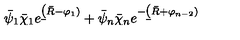
\bar { \psi } _ { 1 } \bar { \chi } _ { 1 } e ^ { \b ( \bar { R } - \varphi _ { 1 } ) } + \bar { \psi } _ { n } \bar { \chi } _ { n } e ^ { - \b ( \bar { R } + \varphi _ { n - 2 } ) }